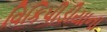
વિકિપીડીયાના